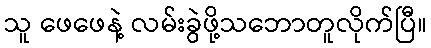
သူ ဖေဖေနဲ့ လမ်းခွဲဖို့သဘောတူလိုက်ပြီ။